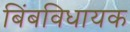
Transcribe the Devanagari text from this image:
बिंबविधायक